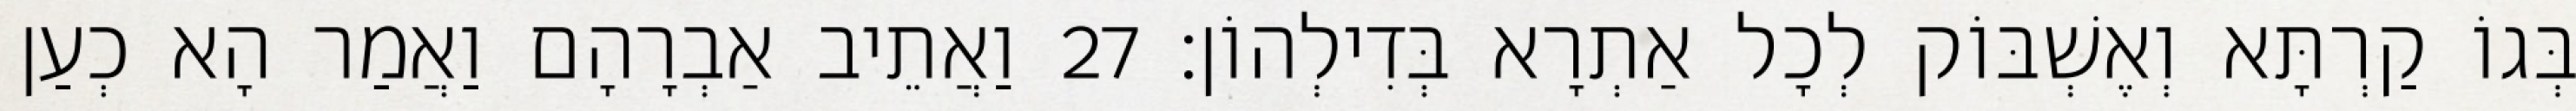
בְּגוֹ קַרְתָּא וְאֶשְׁבּוֹק לְכָל אַתְרָא בְּדִילְהוֹן׃ 27 וַאֲתֵיב אַבְרָהָם וַאֲמַר הָא כְעַן